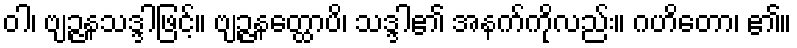
ဝါ၊ ဗျဉ္ဇနသဒ္ဒါဖြင့်။ ဗျဉ္ဇနတ္ထောပိ၊ သဒ္ဒါ၏ အနက်ကိုလည်း။ ဂဟိတော၊ ၏။